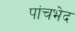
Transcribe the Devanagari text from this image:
पांचभेद